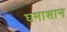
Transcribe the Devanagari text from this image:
घमाशान